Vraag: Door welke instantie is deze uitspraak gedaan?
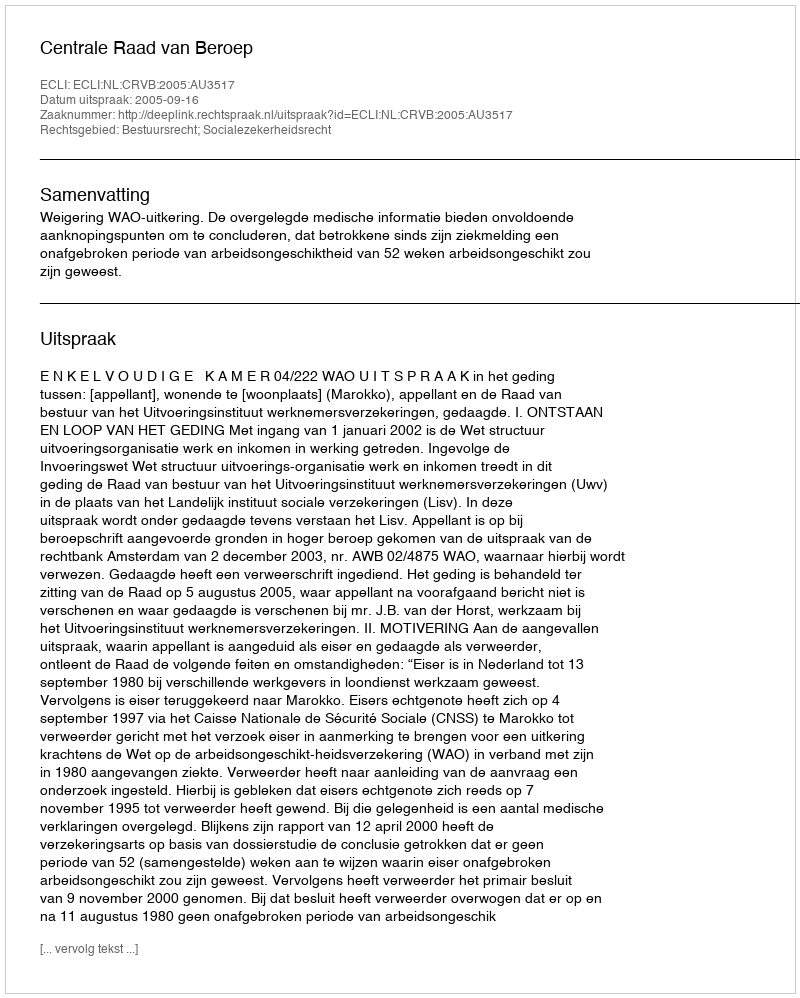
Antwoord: Centrale Raad van Beroep